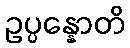
ဥပ္ပန္နောတိ